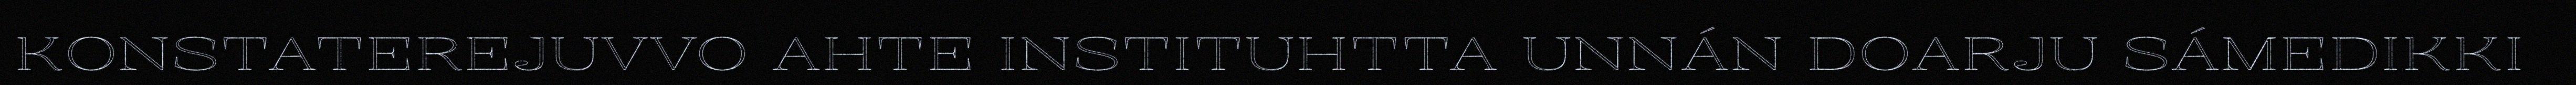
KONSTATEREJUVVO AHTE INSTITUHTTA UNNÁN DOARJU SÁMEDIKKI